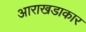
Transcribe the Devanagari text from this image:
आराखडाकार